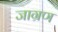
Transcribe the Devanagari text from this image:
जाग्रण